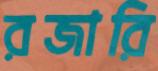
রজারি